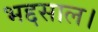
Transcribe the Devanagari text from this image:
भद्दसाल।